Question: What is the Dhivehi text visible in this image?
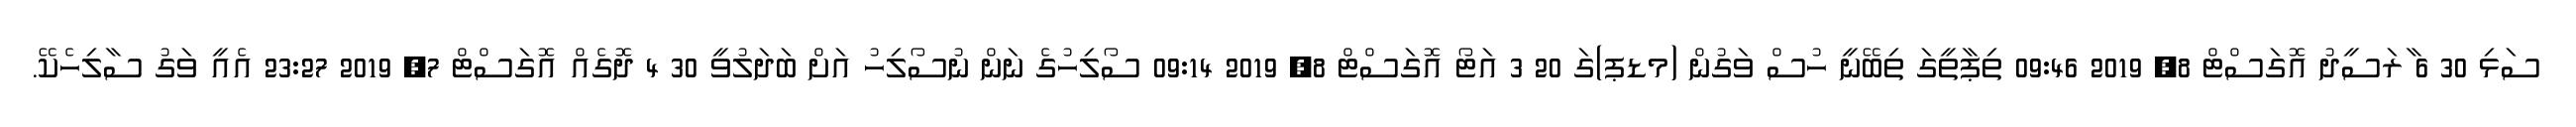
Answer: ސަޅި 30 6 ާރަސީދު އޮގަސްޓް 8, 2019 09:46 ތިޕާތީގަ ތިބޭނީ ހުސް ވަގުން (މޑޕ)ގަ 20 3 އަޓޯ އޮގަސްޓް 8, 2019 09:14 ސޯލިހުގެ ނަން ނުސޯލިހު އަށް ބަދަލުވީ 30 4 ދޮގެއް އޮގަސްޓް 7, 2019 23:27 އެއީ ވަގު ސާލިހެކޭ.